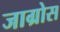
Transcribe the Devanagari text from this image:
जाग्रोस